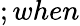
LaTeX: ;when